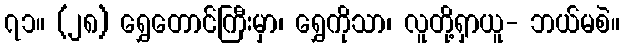
၇၁။ (၂၈) ရွှေတောင်ကြီးမှာ၊ ရွှေကိုသာ၊ လူတို့ရှာယူ- ဘယ်မစဲ။